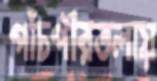
পাঁচপীরতলায়